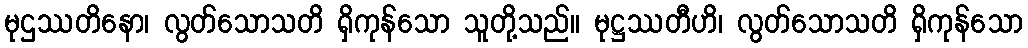
မုဌဿတိနော၊ လွတ်သောသတိ ရှိကုန်သော သူတို့သည်။ မုဋ္ဌဿတီဟိ၊ လွတ်သောသတိ ရှိကုန်သော